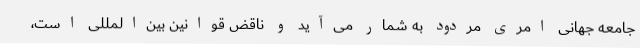
جامعه جهانی امری مردود به شمار می‌آید و ناقض قوانین بین‌المللی است،